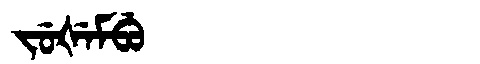
Manchu: ᠵᡠᡧᡝᠮᠪᡠ
Romanization: JUŠEMBU